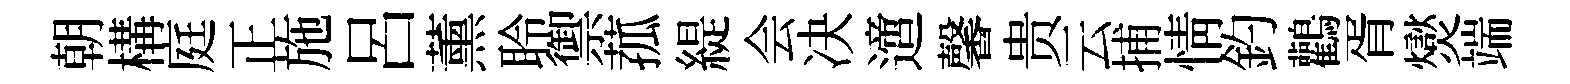
朝構庭正施呂薰聆禦菰緹会决𨗁馨贵云捕情釣鸛胥爕端